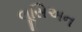
લૂસિઅન